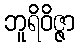
ဘူရိဝိဇ္ဇာ